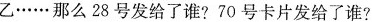
乙……那么28号发给了谁?70号卡片发给了谁?